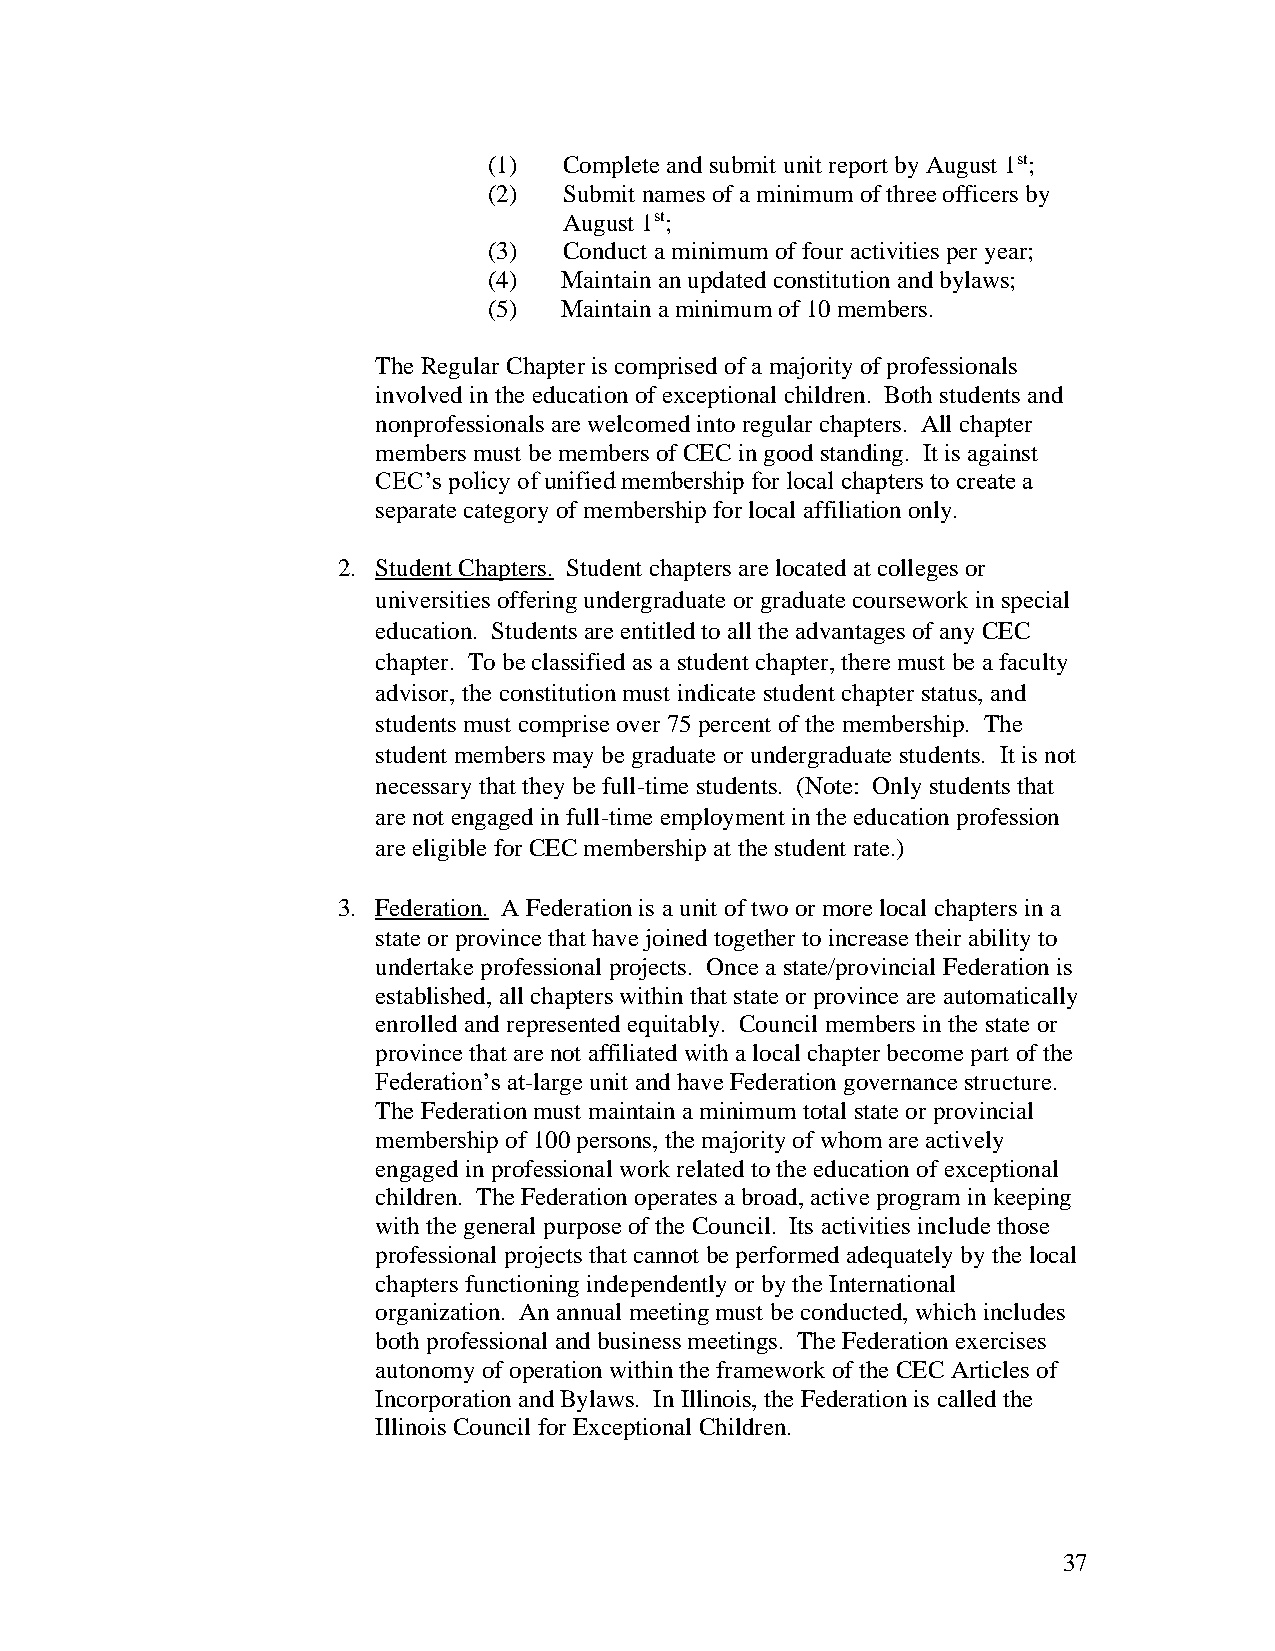
(1)  Complete and submit unit report by August 1st;
 (2)  Submit names of a minimum of three officers by
 August 1st;
 (3)  Conduct a minimum of four activities per year;
 (4)  Maintain an updated constitution and bylaws;
 (5)  Maintain a minimum of 10 members.
 The Regular Chapter is comprised of a majority of professionals
 involved in the education of exceptional children. Both students and
 nonprofessionals are welcomed into regular chapters. All chapter
 members must be members of CEC in good standing. It is against
 CEC’s policy of unified membership for local chapters to create a
 separate category of membership for local affiliation only.
 2. Student Chapters. Student chapters are located at colleges or
 universities offering undergraduate or graduate coursework in special
 education. Students are entitled to all the advantages of any CEC
 chapter. To be classified as a student chapter, there must be a faculty
 advisor, the constitution must indicate student chapter status, and
 students must comprise over 75 percent of the membership. The
 student members may be graduate or undergraduate students. It is not
 necessary that they be full-time students. (Note: Only students that
 are not engaged in full-time employment in the education profession
 are eligible for CEC membership at the student rate.)
 3. Federation. A Federation is a unit of two or more local chapters in a
 state or province that have joined together to increase their ability to
 undertake professional projects. Once a state/provincial Federation is
 established, all chapters within that state or province are automatically
 enrolled and represented equitably. Council members in the state or
 province that are not affiliated with a local chapter become part of the
 Federation’s at-large unit and have Federation governance structure.
 The Federation must maintain a minimum total state or provincial
 membership of 100 persons, the majority of whom are actively
 engaged in professional work related to the education of exceptional
 children. The Federation operates a broad, active program in keeping
 with the general purpose of the Council. Its activities include those
 professional projects that cannot be performed adequately by the local
 chapters functioning independently or by the International
 organization. An annual meeting must be conducted, which includes
 both professional and business meetings. The Federation exercises
 autonomy of operation within the framework of the CEC Articles of
 Incorporation and Bylaws. In Illinois, the Federation is called the
 Illinois Council for Exceptional Children.
 37